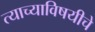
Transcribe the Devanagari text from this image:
त्याच्याविषयीचे